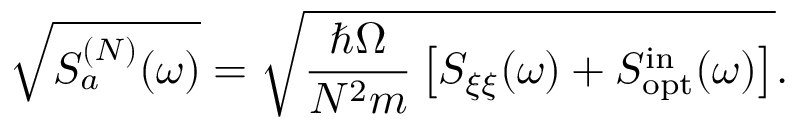
\sqrt { S _ { a } ^ { ( N ) } ( \omega ) } = \sqrt { \frac { \hbar \Omega } { N ^ { 2 } m } \left[ S _ { \xi \xi } ( \omega ) + S _ { \mathrm { o p t } } ^ { \mathrm { i n } } ( \omega ) \right] } .